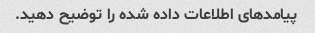
پیامدهای اطلاعات داده شده را توضیح دهید.